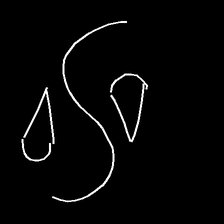
Glyph: water